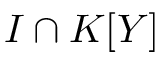
I \cap K [ Y ]